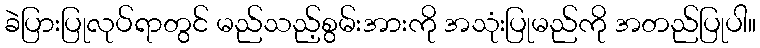
ခဲပြားပြုလုပ်ရာတွင် မည်သည့်စွမ်းအားကို အသုံးပြုမည်ကို အတည်ပြုပါ။